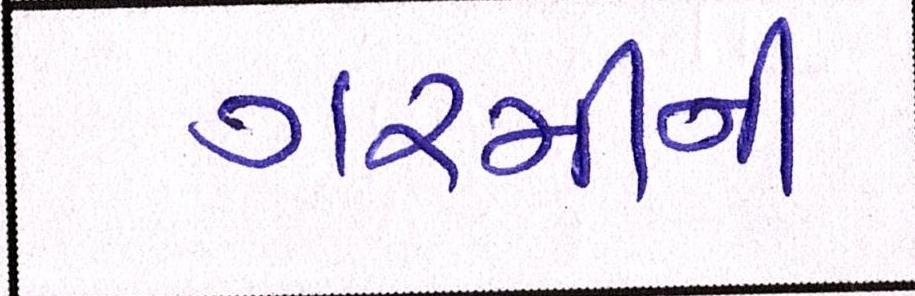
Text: ગરમીની